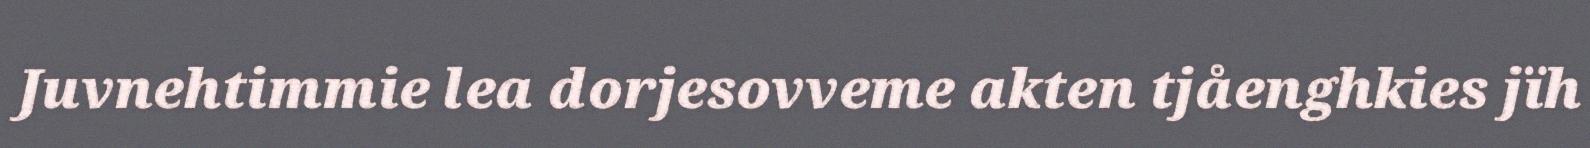
Juvnehtimmie lea dorjesovveme akten tjåenghkies jïh